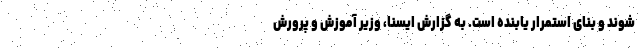
شوند و بنای استمرار یابنده است. به گزارش ایسنا، وزیر آموزش و پرورش